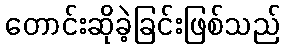
တောင်းဆိုခဲ့ခြင်းဖြစ်သည်